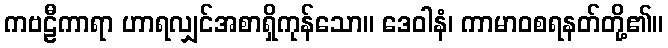
ကဗဠီကာရာ ဟာရလျှင်အစာရှိကုန်သော။ ဒေဝါနံ၊ ကာမာဝစရနတ်တို့၏။